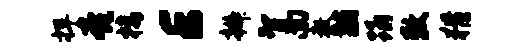
捍亮楼E辫智南教黼踊敕猾